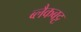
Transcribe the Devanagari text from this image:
ब्लैकबट्ट